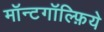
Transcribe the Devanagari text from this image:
मॉन्टगॉल्फ़िये